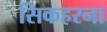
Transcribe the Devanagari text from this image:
सिकहरना